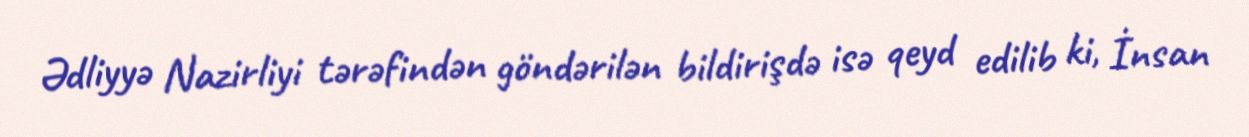
Ədliyyə Nazirliyi tərəfindən göndərilən bildirişdə isə qeyd edilib ki, İnsan